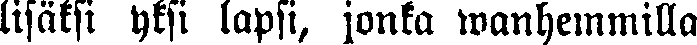
lisäksi yksi lapsi, jonka wanhemmilla